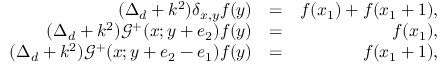
\begin{array} { r l r } { ( \Delta _ { d } + k ^ { 2 } ) \delta _ { x , y } f ( y ) } & { = } & { f ( x _ { 1 } ) + f ( x _ { 1 } + 1 ) , } \\ { ( \Delta _ { d } + k ^ { 2 } ) \mathcal { G } ^ { + } ( x ; y + e _ { 2 } ) f ( y ) } & { = } & { f ( x _ { 1 } ) , } \\ { ( \Delta _ { d } + k ^ { 2 } ) \mathcal { G } ^ { + } ( x ; y + e _ { 2 } - e _ { 1 } ) f ( y ) } & { = } & { f ( x _ { 1 } + 1 ) , } \end{array}